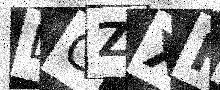
Text: LGZXFK